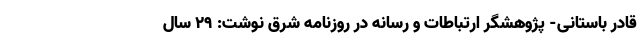
قادر باستانی- پژوهشگر ارتباطات و رسانه در روزنامه شرق نوشت: 29 سال